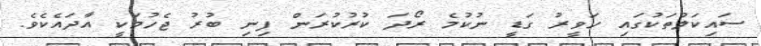
ސައިކަލުތަކުގައި ހަވީރު ގަޑީ ނުކުމެ ރޯދަ ކުރުކުރަން ފިނި ބުރު ޖެހުމަކީ އާދައެކެވެ.